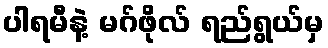
ပါရမီနဲ့ မဂ်ဖိုလ် ရည်ရွယ်မှ